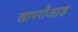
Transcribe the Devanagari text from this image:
खापरीआड